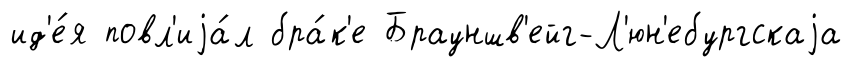
ид'е́я повл'иjа́л бра́к'е Брауншв'ейг-Л'юн'ебургскаjа